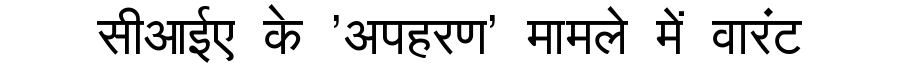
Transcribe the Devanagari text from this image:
सीआईए के 'अपहरण' मामले में वारंट